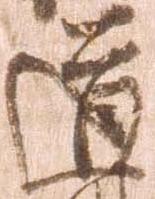
道